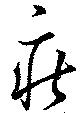
疾